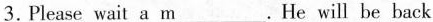
3.Please wait a m___.He will be back